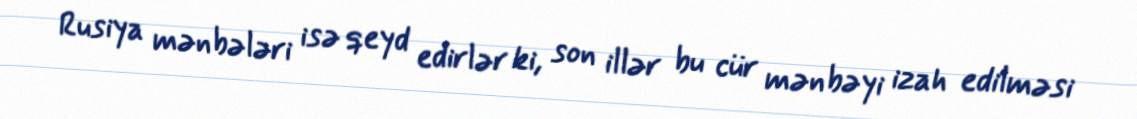
Rusiya mənbələri isə qeyd edirlər ki, son illər bu cür mənbəyi izah edilməsi